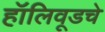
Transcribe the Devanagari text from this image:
हॉलिवूडचे